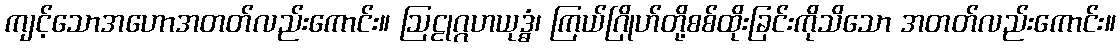
ကျင့်သောအဟောအတတ်လည်းကောင်း။ ဩဠုဂ္ဂဟယုဒ္ဓံ၊ ကြယ်ဂြိုဟ်တို့စစ်ထိုးခြင်းကိုသိသော အတတ်လည်းကောင်း။